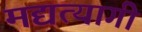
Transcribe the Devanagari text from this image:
मद्यत्यागी